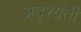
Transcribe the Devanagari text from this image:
अदृश्यंती